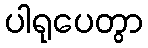
ပါရုပေတွာ